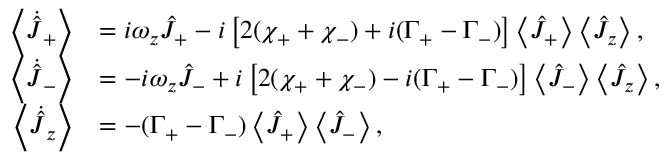
\begin{array} { r l } { \left\langle \dot { \hat { J } } _ { + } \right\rangle } & { = i \omega _ { z } \hat { J } _ { + } - i \left[ 2 ( \chi _ { + } + \chi _ { - } ) + i ( \Gamma _ { + } - \Gamma _ { - } ) \right] \left\langle \hat { J } _ { + } \right\rangle \left\langle \hat { J } _ { z } \right\rangle , } \\ { \left\langle \dot { \hat { J } } _ { - } \right\rangle } & { = - i \omega _ { z } \hat { J } _ { - } + i \left[ 2 ( \chi _ { + } + \chi _ { - } ) - i ( \Gamma _ { + } - \Gamma _ { - } ) \right] \left\langle \hat { J } _ { - } \right\rangle \left\langle \hat { J } _ { z } \right\rangle , } \\ { \left\langle \dot { \hat { J } } _ { z } \right\rangle } & { = - ( \Gamma _ { + } - \Gamma _ { - } ) \left\langle \hat { J } _ { + } \right\rangle \left\langle \hat { J } _ { - } \right\rangle , } \end{array}